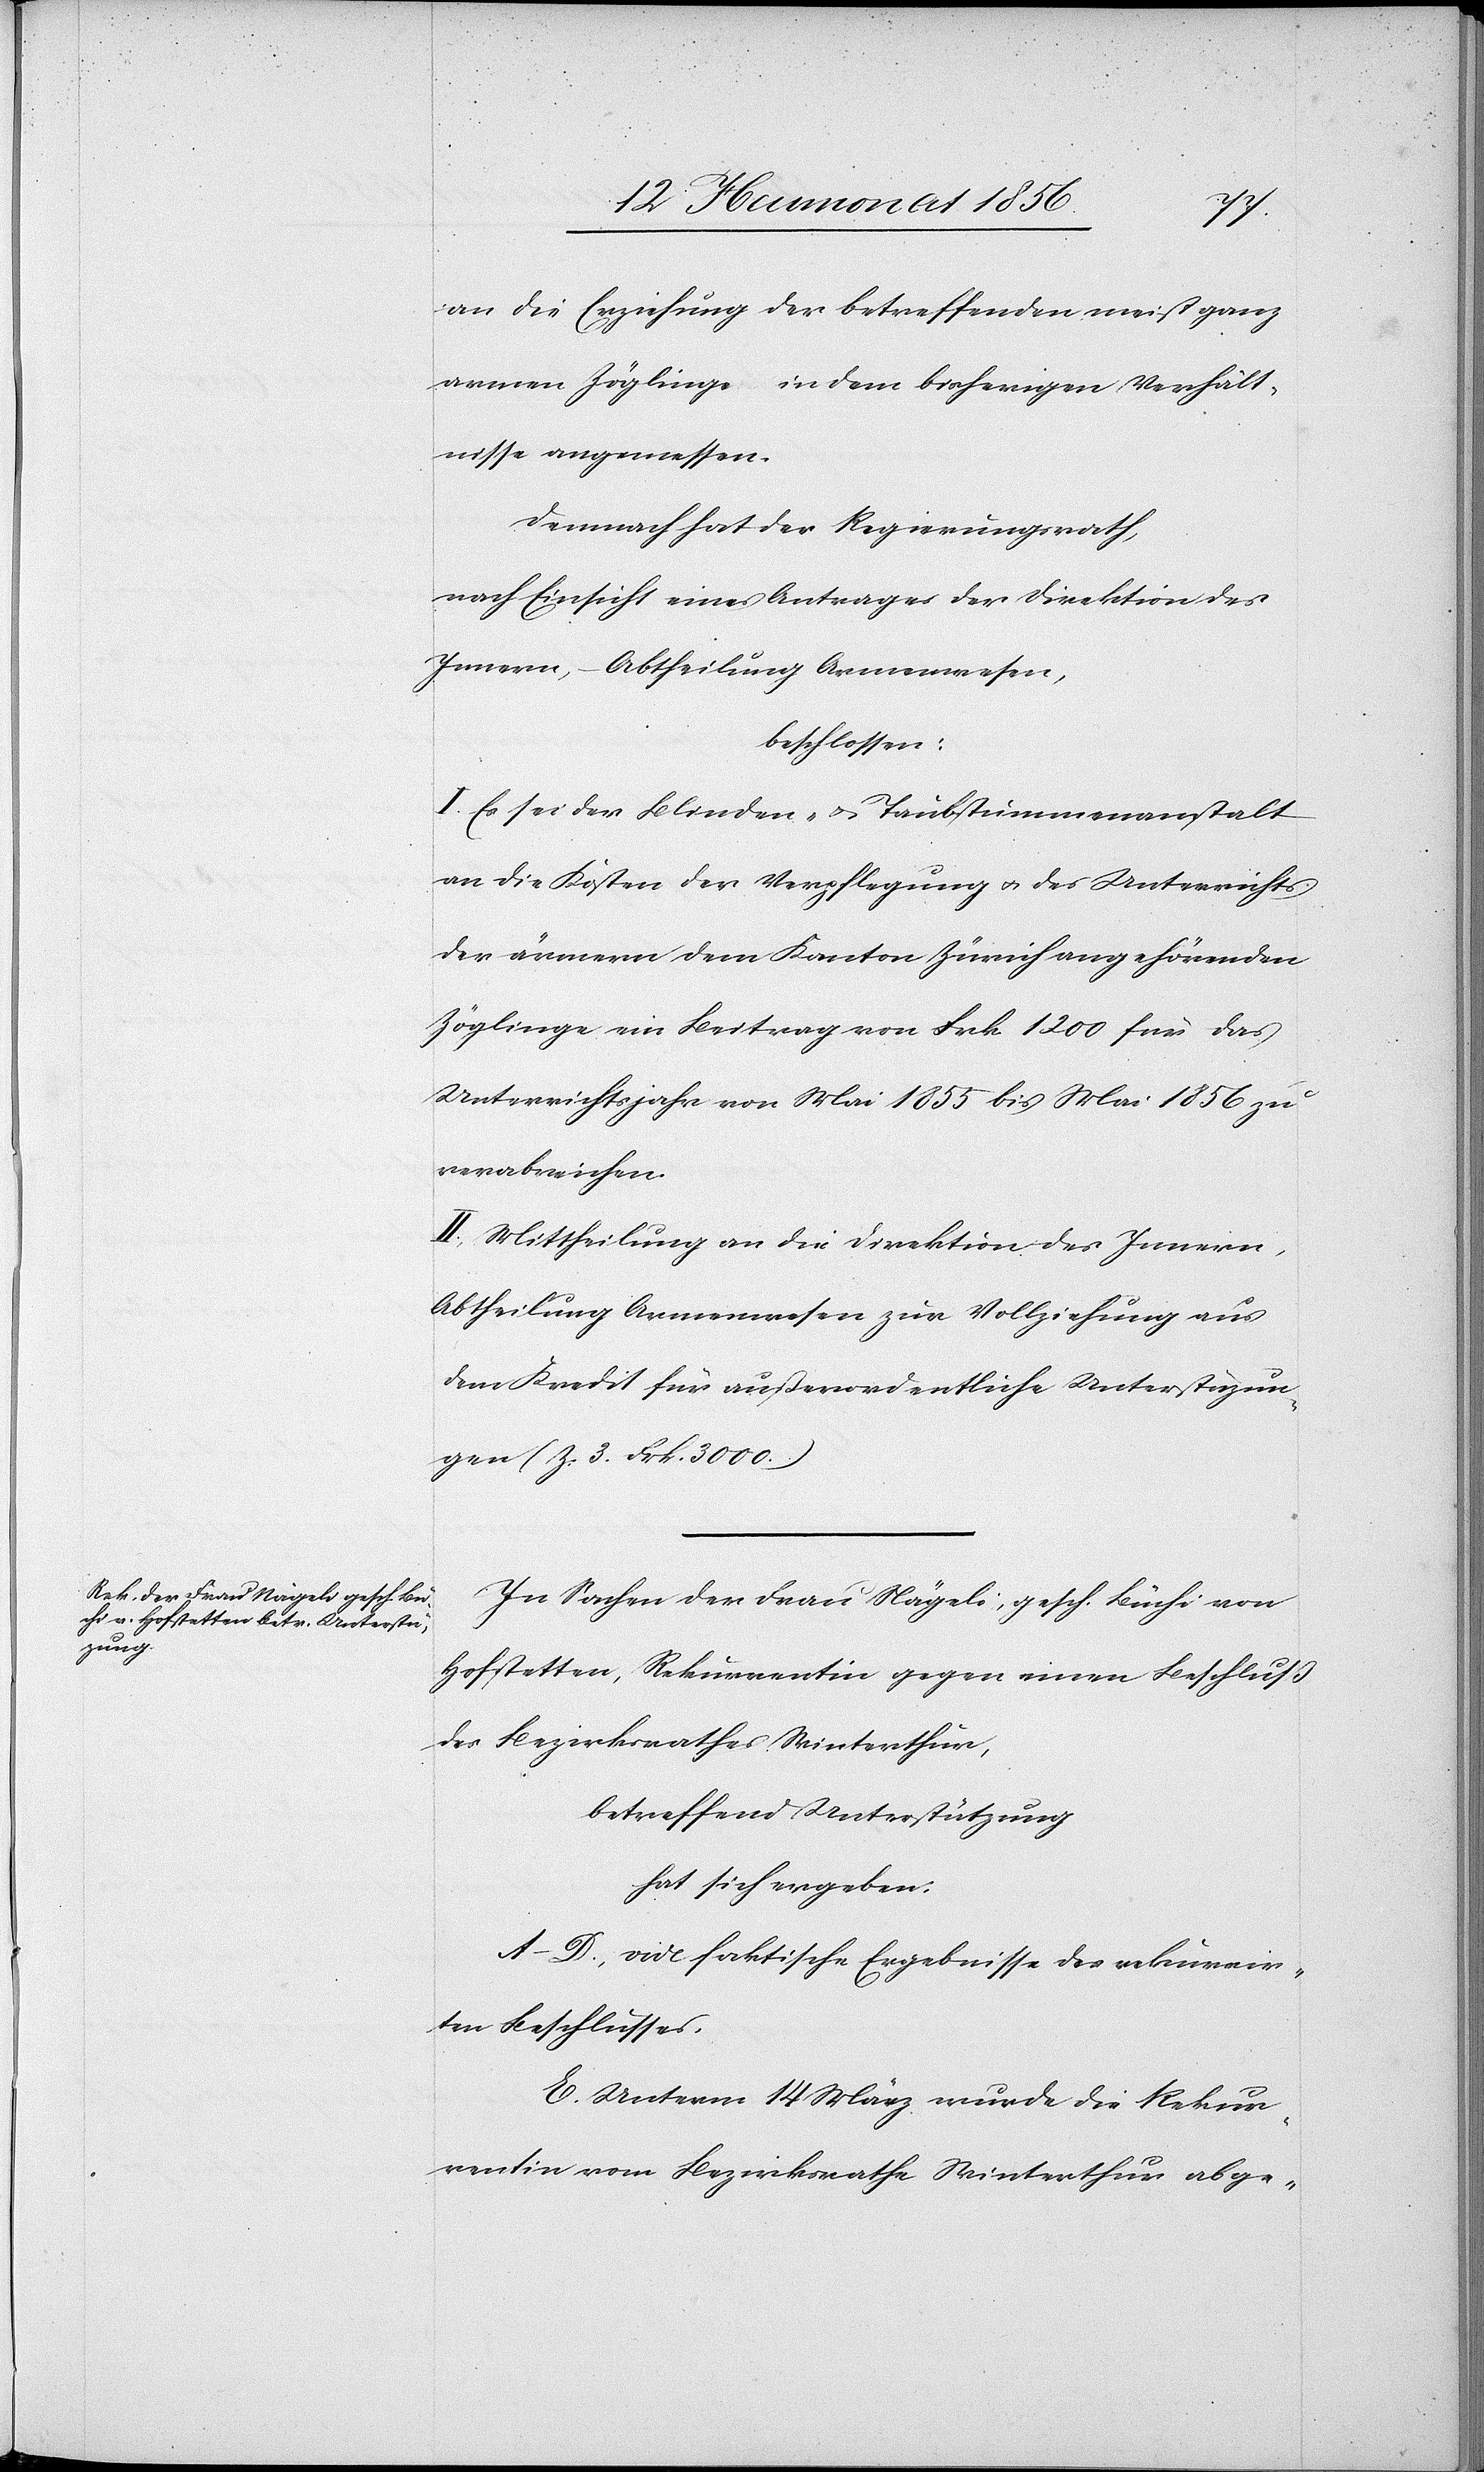
an die Erziehung der betreffenden meist ganz
armen Zöglinge in dem bisherigen Verhält¬
nisse angemessen.
Demnach hat der Regierungsrath,
nach Einsicht eines Antrages der Direktion des
Innern, – Abtheilung Armenwesen,
beschlossen:
I. Es sei der Blinden- u. Taubstummenanstalt
an die Kosten der Verpflegung u. des Unterrichts
der ärmern dem Kanton Zürich angehörenden
Zöglinge ein Beitrag von Frk. 1200 für das
Unterrichtsjahr von Mai 1855 bis Mai 1856 zu
verabreichen.
II. Mittheilung an die Direktion des Innern,
Abtheilung Armenwesen zur Vollziehung aus
dem Kredit für außerordentliche Unterstützun¬
gen (Z. 3. Frk. 3000.)
In Sachen der Frau Nägeli, gesch. Büchi von
Hofstetten, Rekurrentin gegen einen Beschluß
des Bezirksrathes Winterthur,
betreffend Unterstützung
hat sich ergeben:
A–D. vide faktische Ergebnisse des rekurrir¬
ten Beschlusses.
E. Unterm 14 März wurde die Rekur¬
rentin vom Bezirksrathe Winterthur abge-